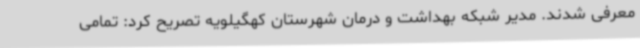
معرفی شدند. مدیر شبکه بهداشت و درمان شهرستان کهگیلویه تصریح کرد: تمامی